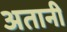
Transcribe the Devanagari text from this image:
अतानी